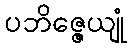
ပဘိဇ္ဇေယျုံ